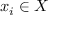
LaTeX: x _ { i } \in X